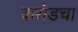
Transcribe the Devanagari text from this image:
करोडचा